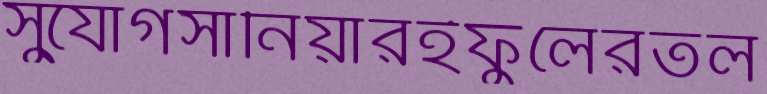
সু্যোগসানিয়ারইফুলেরতল